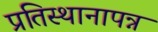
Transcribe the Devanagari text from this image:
प्रतिस्थानापन्न